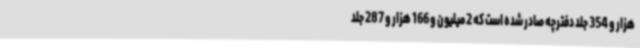
هزار و 354 جلد دفترچه صادر شده است که 2 میلیون و 166 هزار و 287 جلد